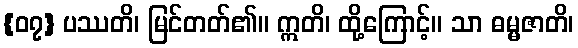
{၀၇} ပဿတိ၊ မြင်တတ်၏။ ဣတိ၊ ထို့ကြောင့်။ သာ ဓမ္မဇာတိ၊